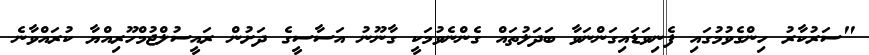
"ސަރުކާރު ހިންގެވުމުގައި ފެނިވަޑައިގަންނަވާ ބަދަލުތައް ގެންނެވުމަކީ ގާނޫނު އަސާސީގެ ދަށުން ރައީސުލްޖުމްހޫރިއްޔާ ކުރައްވާނެ